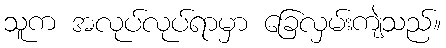
သူက အလုပ်လုပ်ရာမှာ ခြေလှမ်းကျဲသည်။